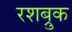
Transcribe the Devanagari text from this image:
रशब्रुक